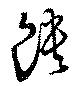
饋